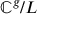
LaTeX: \mathbb { C } ^ { g } / L